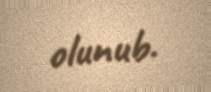
olunub.